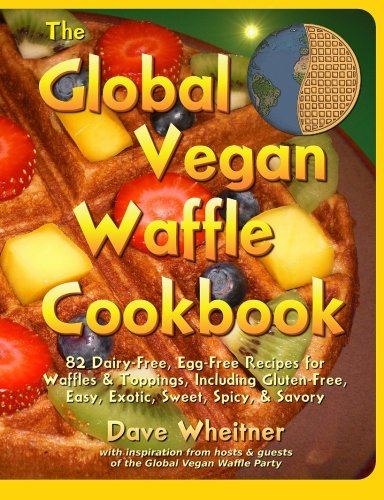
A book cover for The Global Vegan Waffle Cookbook: 82 dairy-free, egg-free recipes for waffles & toppings, including gluten-free, easy, exotic, sweet, spicy, & savory; Dave Wheitner; Cookbooks, Food & Wine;